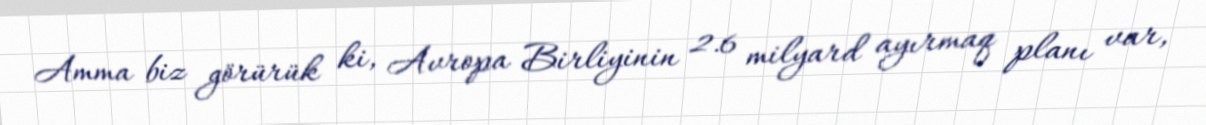
Amma biz görürük ki, Avropa Birliyinin 2.6 milyard ayırmaq planı var,